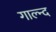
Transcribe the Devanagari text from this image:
गाल्न्द